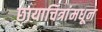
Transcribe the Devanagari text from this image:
छायाचित्रांमधून